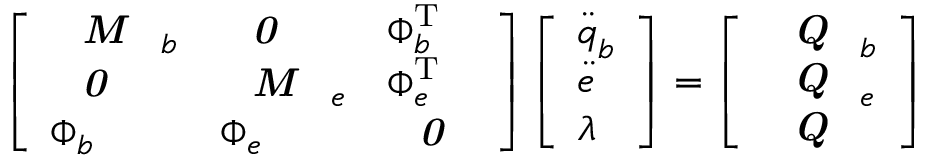
\left[ \begin{array} { l l l } { \textbf { \textit { M } } _ { b } } & { \textbf { \textit { 0 } } } & { \boldsymbol { \Phi } _ { b } ^ { \mathrm { T } } } \\ { \textbf { \textit { 0 } } } & { \textbf { \textit { M } } _ { e } } & { \boldsymbol { \Phi } _ { e } ^ { \mathrm { T } } } \\ { \boldsymbol { \Phi } _ { b } } & { \boldsymbol { \Phi } _ { e } } & { \textbf { \textit { 0 } } } \end{array} \right] \left[ \begin{array} { l } { \boldsymbol { \ddot { q } } _ { b } } \\ { \boldsymbol { \ddot { e } } } \\ { \lambda } \end{array} \right] = \left[ \begin{array} { l } { \textbf { \textit { Q } } _ { b } } \\ { \textbf { \textit { Q } } _ { e } } \\ { \textbf { \textit { Q } } } \end{array} \right]